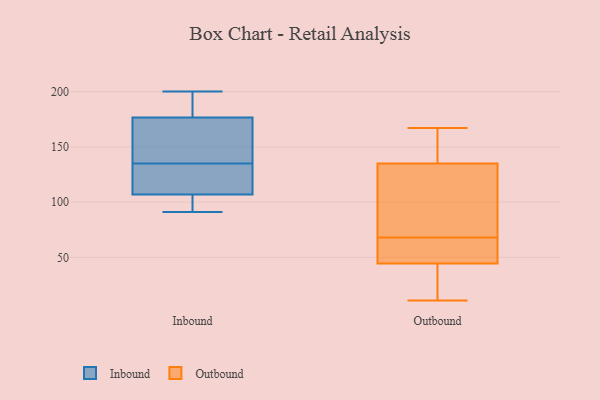
{"axis": {"x": "Market Share (%)", "y": "Value"}, "legend": ["Inbound", "Outbound"], "data": [{"x": "", "y": 103, "type": "Inbound"}, {"x": "", "y": 135, "type": "Inbound"}, {"x": "", "y": 134, "type": "Inbound"}, {"x": "", "y": 116, "type": "Inbound"}, {"x": "", "y": 102, "type": "Inbound"}, {"x": "", "y": 136, "type": "Inbound"}, {"x": "", "y": 184, "type": "Inbound"}, {"x": "", "y": 198, "type": "Inbound"}, {"x": "", "y": 174, "type": "Inbound"}, {"x": "", "y": 91, "type": "Inbound"}, {"x": "", "y": 200, "type": "Inbound"}, {"x": "", "y": 143, "type": "Inbound"}, {"x": "", "y": 108, "type": "Inbound"}, {"x": "", "y": 154, "type": "Outbound"}, {"x": "", "y": 21, "type": "Outbound"}, {"x": "", "y": 11, "type": "Outbound"}, {"x": "", "y": 161, "type": "Outbound"}, {"x": "", "y": 47, "type": "Outbound"}, {"x": "", "y": 119, "type": "Outbound"}, {"x": "", "y": 37, "type": "Outbound"}, {"x": "", "y": 63, "type": "Outbound"}, {"x": "", "y": 135, "type": "Outbound"}, {"x": "", "y": 66, "type": "Outbound"}, {"x": "", "y": 68, "type": "Outbound"}, {"x": "", "y": 123, "type": "Outbound"}, {"x": "", "y": 49, "type": "Outbound"}, {"x": "", "y": 16, "type": "Outbound"}, {"x": "", "y": 167, "type": "Outbound"}, {"x": "", "y": 101, "type": "Outbound"}, {"x": "", "y": 135, "type": "Outbound"}]}